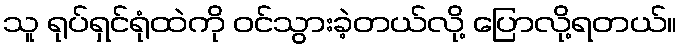
သူ ရုပ်ရှင်ရုံထဲကို ဝင်သွားခဲ့တယ်လို့ ပြောလို့ရတယ်။